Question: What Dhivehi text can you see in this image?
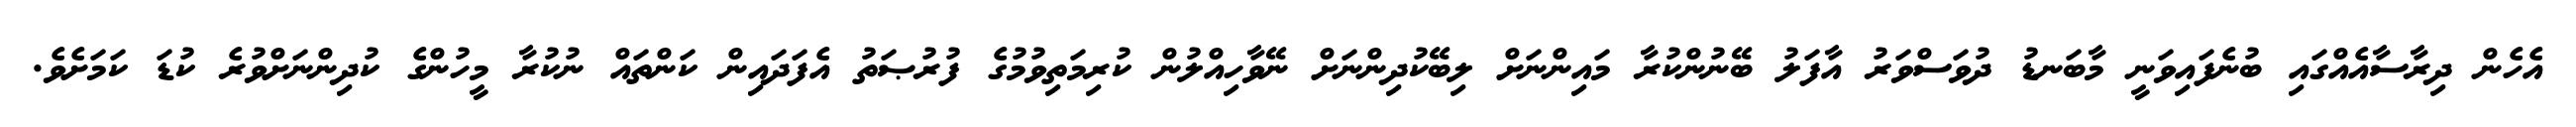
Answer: އެހެން ދިރާސާއެއްގައި ބުނެފައިވަނީ މާބަނޑު ދުވަސްވަރު އާފަލު ބޭނުންކުރާ މައިންނަށް ލިބޭކުދިންނަށް ނޭވާހިއްލުން ކުރިމަތިވުމުގެ ފުރުޞަތު އެފަދައިން ކަންތައް ނުކުރާ މީހުންގެ ކުދިންނަށްވުރެ ކުޑަ ކަމަށެވެ.